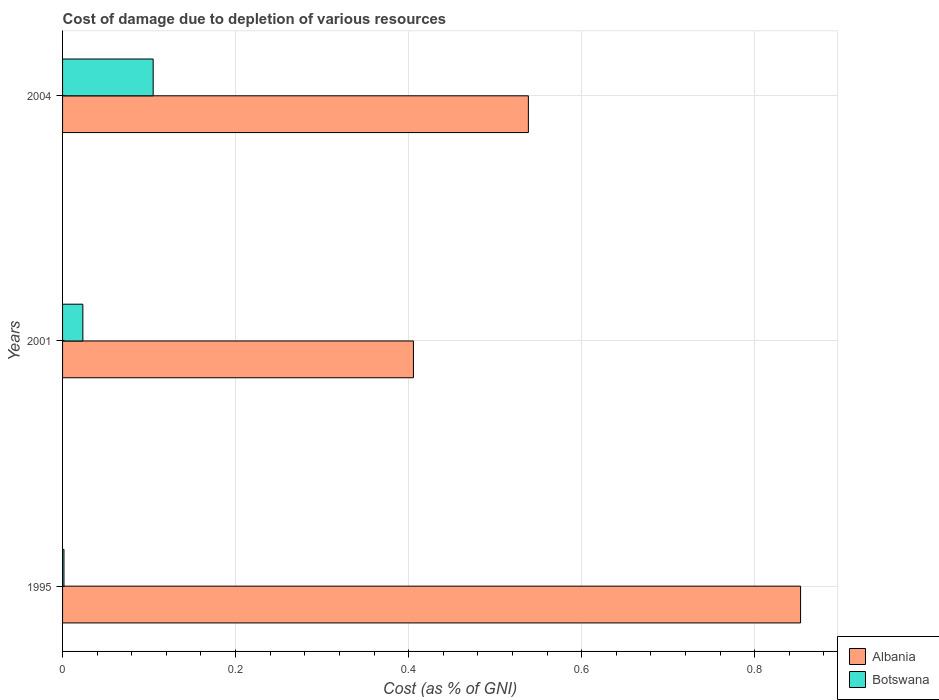
| Years | Albania | Botswana |
 | --- | --- | --- |
 | 1995 | 0.853 | 0.00162 |
 | 2001 | 0.406 | 0.0235 |
 | 2004 | 0.538 | 0.105 |